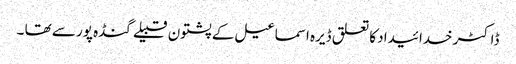
ڈاکٹر خدائیداد کا تعلق ڈیرہ اسماعیل کے پشتون قبیلے گنڈہ پور سے تھا ۔